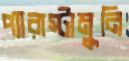
প্যারাস্টামুনি